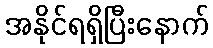
အနိုင်ရရှိပြီးနောက်